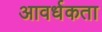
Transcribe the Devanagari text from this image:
आवर्धकता